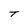
Character: T